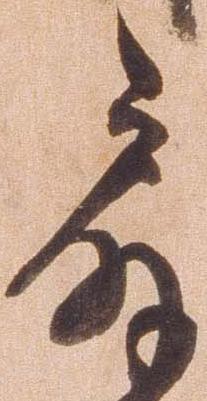
扇